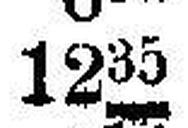
1235